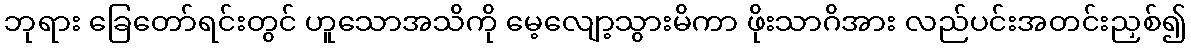
ဘုရား ခြေတော်ရင်းတွင် ဟူသောအသိကို မေ့လျော့သွားမိကာ ဖိုးသာဂိအား လည်ပင်းအတင်းညှစ်၍